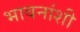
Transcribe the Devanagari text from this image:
भावनांशी